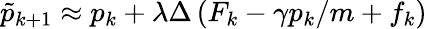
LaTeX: \tilde{p}_{k+1}\approx p_{k}+\lambda\Delta\left(F_{k}-\gamma p_{k}/m+f_{k}\right)